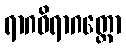
ရာဂဝိရာဂတ္ထော